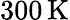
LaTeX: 300\, \mathrm{K}